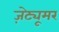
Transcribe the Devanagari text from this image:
ज़ेट्यूमर